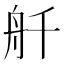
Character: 𫇚